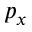
p _ { x }